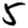
Digit: 5